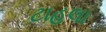
ટાહલા